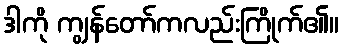
ဒါကို ကျွန်တော်ကလည်းကြိုက်၏။